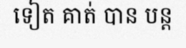
ទៀត គាត់ បាន បន្ត